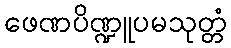
ဖေဏပိဏ္ဍူပမသုတ္တံ